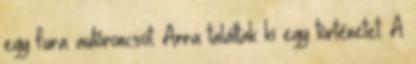
egy fura autóroncsot. Arra találtak ki egy történetet. A